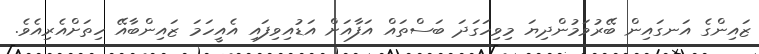
ޒައިންގެ އަނގައިން ބޭރުވަމުންދިޔަ މިވިހަގަދަ ބަސްތައް އަފާއަށް އަޑުއިވިފައި އެއީހަމަ ޒައިންބާއޭ ހިތަށްއެރިއެވެ.